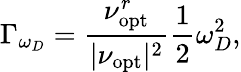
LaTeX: \Gamma_{\omega_{D}}=\frac{\nu_{\mathrm{opt}}^{r}}{|\nu_{\mathrm{opt}}|^{2}}\frac{1}{2}\omega_{D}^{2},